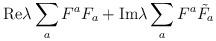
LaTeX: \begin{align*}{\rm Re}\lambda\sum_aF^aF_a +{\rm Im}\lambda\sum_aF^a{\tilde F_a}\end{align*}